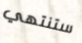
ستنتهي